Report on vaccination in Madras 1922-1929 - 1922-1929
Year: 1922
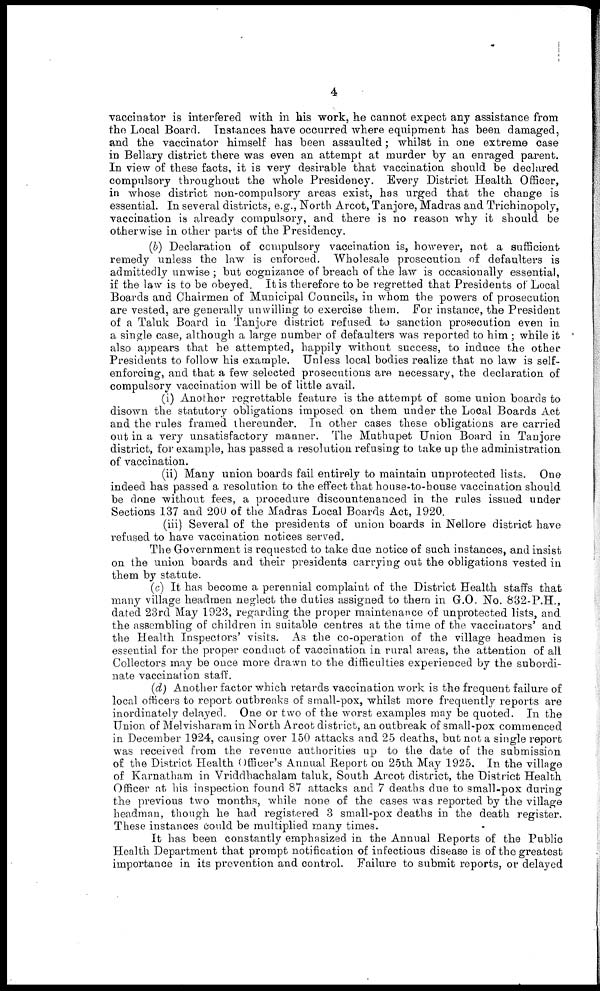
4
vaccinator is interfered with in his work, he cannot expect any assistance from
the Local Board. Instances have occurred where equipment has been damaged,
and the vaccinator himself has been assaulted ; whilst in one extreme case
in Bellary district there was even an attempt at murder by an enraged parent.
In view of these facts, it is very desirable that vaccination should be declared
compulsory throughout the whole Presidency. Every District Health Officer,
in whose district non-compulsory areas exist, has urged that the change is
essential. In several districts, e.g., North Arcot, Tanjore, Madras and Trichinopoly,
vaccination is already compulsory, and there is no reason why it should be
otherwise in other parts of the Presidency.
(b) Declaration of compulsory vaccination is, however, not a sufficient
remedy unless the law is enforced. Wholesale prosecution of defaulters is
admittedly unwise ; but cognizance of breach of the law is occasionally essential,
if the law is to be obeyed. It is therefore to be regretted that Presidents of Local
Boards and Chairmen of Municipal Councils, in whom the powers of prosecution
are vested, are generally unwilling to exercise them. For instance, the President
of a Taluk Board in Tanjore district refused to sanction prosecution even in
a single case, although a large number of defaulters was reported to him ; while it
also appears that he attempted, happily without success, to induce the other
Presidents to follow his example. Unless local bodies realize that no law is self-
enforcing, and that a few selected prosecutions are necessary, the declaration of
compulsory vaccination will be of little avail.
(i) Another regrettable feature is the attempt of some union boards to
disown the statutory obligations imposed on them under the Local Boards Act
and the rules framed thereunder. In other cases these obligations are carried
out in a very unsatisfactory manner. The Muthupet Union Board in Tanjore
district, for example, has passed a resolution refusing to take up the administration
of vaccination.
(ii) Many union boards fail entirely to maintain unprotected lists. One
indeed has passed a resolution to the effect that house-to-house vaccination should
be done without fees, a procedure discountenanced in the rules issued under
Sections 137 and 200 of the Madras Local Boards Act, 1920.
(iii) Several of the presidents of union boards in Nellore district have
refused to have vaccination notices served.
The Government is requested to take due notice of such instances, and insist
on the union boards and their presidents carrying out the obligations vested in
them by statute.
(c) It has become a perennial complaint of the District Health staffs that
many village headmen neglect the duties assigned to them in G.O. No. 832-P.H.,
dated 23rd May 1923, regarding the proper maintenance of unprotected lists, and
the assembling of children in suitable centres at the time of the vaccinators' and
the Health Inspectors' visits. As the co-operation of the village headmen is
essential for the proper conduct of vaccination in rural areas, the attention of all
Collectors may be once more drawn to the difficulties experienced by the subordi-
nate vaccination staff.
(d) Another factor which retards vaccination work is the frequent failure of
local officers to report outbreaks of small-pox, whilst more frequently reports are
inordinately delayed. One or two of the worst examples may be quoted. In the
Union of Melvisharam in North Arcot district, an outbreak of small-pox commenced
in December 1924, causing over 150 attacks and 25 deaths, but not a single report
was received from the revenue authorities up to the date of the submission
of the District Health Officer's Annual Report on 25th May 1925. In the village
of Karnatham in Vriddhachalam taluk, South Arcot district, the District Health
Officer at his inspection found 87 attacks and 7 deaths due to small-pox during
the previous two months, while none of the cases was reported by the village
headman, though he had registered 3 small-pox deaths in the death register.
These instances could be multiplied many times.
It has been constantly emphasized in the Annual Reports of the Public
Health Department that prompt notification of infectious disease is of the greatest
importance in its prevention and control. Failure to submit reports, or delayed